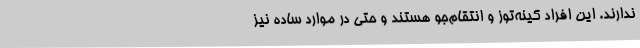
ندارند. این افراد کینه‌توز و انتقام‌جو هستند و حتی در موارد ساده نیز